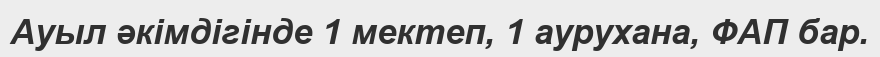
Ауыл әкімдігінде 1 мектеп, 1 аурухана, ФАП бар.